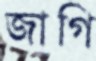
জাগি